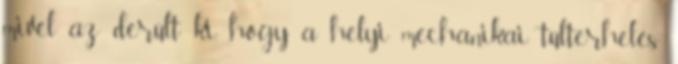
mivel az derült ki, hogy a helyi mechanikai túlterhelés